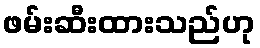
ဖမ်းဆီးထားသည်ဟု